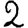
Digit: 2